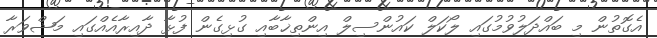
އެގޮތުން މި ބައްދަލުވުމުގައި ލޯކަލް ކައުންސިލް އިންތިޚާބާއި ގުޅިގެން ފުޅާ ދާއިރާއެއްގައި މަޝްވަރާ